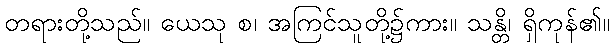
တရားတို့သည်။ ယေသု စ၊ အကြင်သူတို့၌ကား။ သန္တိ၊ ရှိကုန်၏။